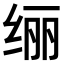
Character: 𫄥